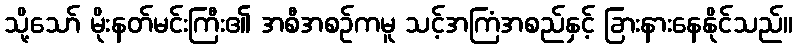
သို့သော် မိုးနတ်မင်းကြီး၏ အစီအစဉ်ကမူ သင့်အကြံအစည်နှင့် ခြားနားနေနိုင်သည်။